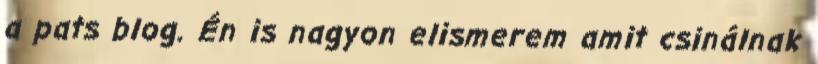
a pats blog. Én is nagyon elismerem amit csinálnak